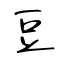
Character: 豆